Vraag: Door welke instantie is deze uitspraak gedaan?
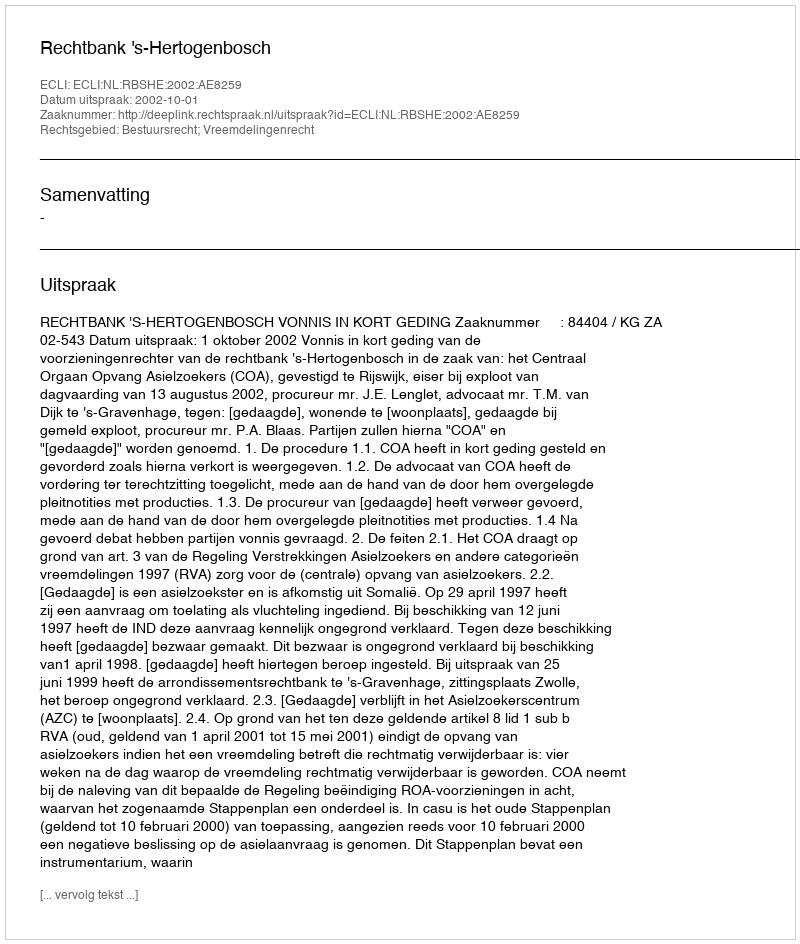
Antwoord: Rechtbank 's-Hertogenbosch